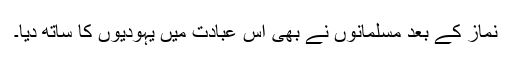
نماز کے بعد مسلمانوں نے بھی اس عبادت میں یہودیوں کا ساتھ دیا۔